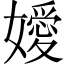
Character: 嬡